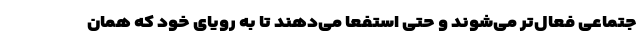
جتماعی فعال‌تر می‌شوند و حتی استفعا می‌دهند تا به رویای خود که همان